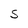
Character: S